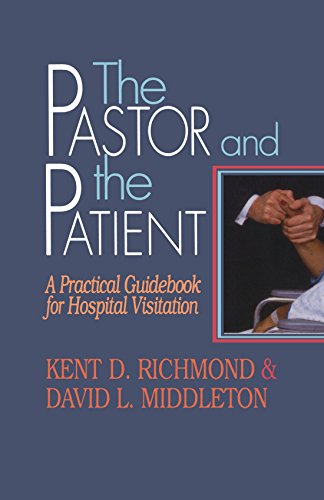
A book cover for The Pastor and the Patient: A Practical Guidebook for Hospital Visitation; David L. Middleton; Christian Books & Bibles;